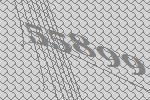
55899